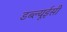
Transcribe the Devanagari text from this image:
डब्ल्यूईसी